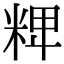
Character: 𥺛